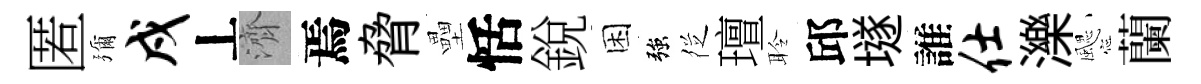
匿彌戍丄濟焉脅壘恬銳困強徔璮聆邱𡑞誰仕濼颸蘭